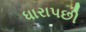
ધારાપછી